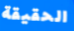
الحقيقة